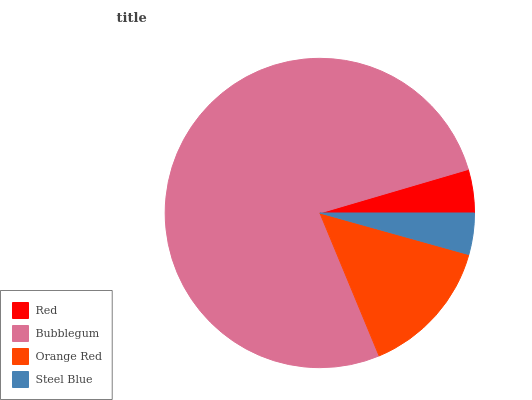
| Red | Bubblegum | Orange Red | Steel Blue |
 | --- | --- | --- | --- |
 | 4.54% | 76.7% | 14.4% | 4.33% |